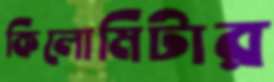
কিলোমিটার